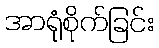
အာရုံစိုက်ခြင်း